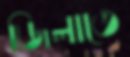
জিলাতে